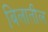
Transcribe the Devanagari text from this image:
बिलातील